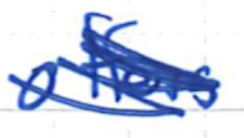
Text: offers
Cross-out: scratch
Writing tool: ballpoint